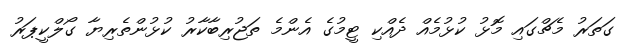
ގަތަރު މެޗްގައި މޮޅު ކުޅުމެއް ދެއްކި ޓީމުގެ އެންމެ ތަޖުރިބާކާރު ކުޅުންތެރިޔާ ގޯލްކީޕަރު